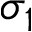
\sigma _ { 1 }